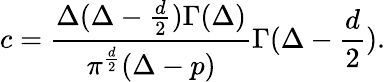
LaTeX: c={\frac{\Delta(\Delta-{\frac{d}{2}})\Gamma(\Delta)}{\pi^{\frac{d}{2}}(\Delta-p)}}\Gamma(\Delta-{\frac{d}{2}}).